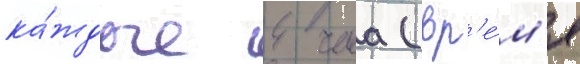
ка́ждые 4 часа (вр'е́м'я